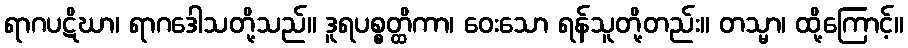
ရာဂပဋိဃာ၊ ရာဂဒေါသတို့သည်။ ဒူရပစ္စတ္ထိကာ၊ ဝေးသော ရန်သူတို့တည်း။ တသ္မာ၊ ထို့ကြောင့်။